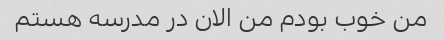
من خوب بودم من الان در مدرسه هستم